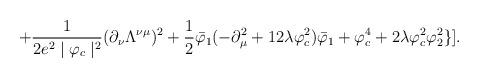
LaTeX: \begin{align*}+ \frac{1}{2e^{2}\mid\varphi_{c}\mid^{2}}(\partial_{\nu}\Lambda^{\nu\mu})^{2}+ \frac{1}{2}\bar{\varphi}_{1}(-\partial_{\mu}^{2}+12\lambda\varphi_{c}^{2})\bar{\varphi}_{1} + \varphi_{c}^{4} + 2\lambda\varphi_{c}^{2}\varphi_{2}^{2} \}].\end{align*}